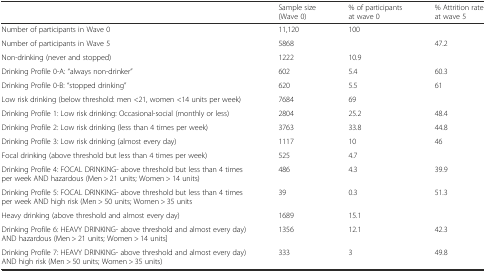
<table><thead><tr><td></td><td><b>Sample size (Wave 0)</b></td><td><b>% of participants at wave 0</b></td><td><b>% Attrition rate at wave 5</b></td></tr></thead><tbody><tr><td>Number of participants in Wave 0</td><td>11,120</td><td>100</td><td></td></tr><tr><td>Number of participants in Wave 5</td><td>5868</td><td></td><td>47.2</td></tr><tr><td>Non-drinking (never and stopped)</td><td>1222</td><td>10.9</td><td></td></tr><tr><td>Drinking Profile 0-A: “always non-drinker”</td><td>602</td><td>5.4</td><td>60.3</td></tr><tr><td>Drinking Profile 0-B: “stopped drinking”</td><td>620</td><td>5.5</td><td>61</td></tr><tr><td>Low risk drinking (below threshold: men &lt;21, women &lt;14 units per week)</td><td>7684</td><td>69</td><td></td></tr><tr><td>Drinking Profile 1: Low risk drinking: Occasional-social (monthly or less)</td><td>2804</td><td>25.2</td><td>48.4</td></tr><tr><td>Drinking Profile 2: Low risk drinking (less than 4 times per week)</td><td>3763</td><td>33.8</td><td>44.8</td></tr><tr><td>Drinking Profile 3: Low risk drinking (almost every day)</td><td>1117</td><td>10</td><td>46</td></tr><tr><td>Focal drinking (above threshold but less than 4 times per week)</td><td>525</td><td>4.7</td><td></td></tr><tr><td>Drinking Profile 4: FOCAL DRINKING- above threshold but less than 4 times per week AND hazardous (Men &gt; 21 units; Women &gt; 14 units)</td><td>486</td><td>4.3</td><td>39.9</td></tr><tr><td>Drinking Profile 5: FOCAL DRINKING- above threshold but less than 4 times per week AND high risk (Men &gt; 50 units; Women &gt; 35 units</td><td>39</td><td>0.3</td><td>51.3</td></tr><tr><td>Heavy drinking (above threshold and almost every day)</td><td>1689</td><td>15.1</td><td></td></tr><tr><td>Drinking Profile 6: HEAVY DRINKING- above threshold and almost every day) AND hazardous (Men &gt; 21 units; Women &gt; 14 units]</td><td>1356</td><td>12.1</td><td>42.3</td></tr><tr><td>Drinking Profile 7: HEAVY DRINKING- above threshold and almost every day) AND high risk (Men &gt; 50 units; Women &gt; 35 units)</td><td>333</td><td>3</td><td>49.8</td></tr></tbody></table>